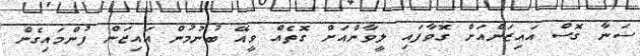
ސަނާ ގޮސް އައިޒަންއަށް ގޮވާފައި ލީވާންއަށް ގޮތެއް ވީއޭ ބުނުމުން އައިޒަން ފުންމައިގެން